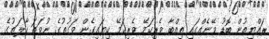
ރައްޔިތުން ބޮޑު ވޭނެއްގައި ތިއްބާ ވެރިކަމޭ ވެރިކަމޭ ކިޔައިގެން ވަގުތުގެ ނުވަތަ ހާލަތުގެ